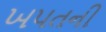
ખપતની